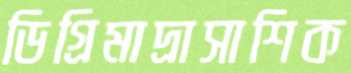
ডিগ্রিমাদ্রাসাশিক